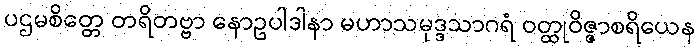
ပဌမစိတ္တေ တရိတဗ္ဗာ နောဥပါဒါနာ မဟာသမုဒ္ဒသာဂရံ ဝတ္ထုဝိဇ္ဇာစရိယေန